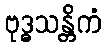
ဗုဒ္ဓသန္တိကံ